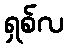
ရှစ်လ